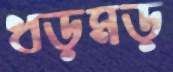
ধড়মড়